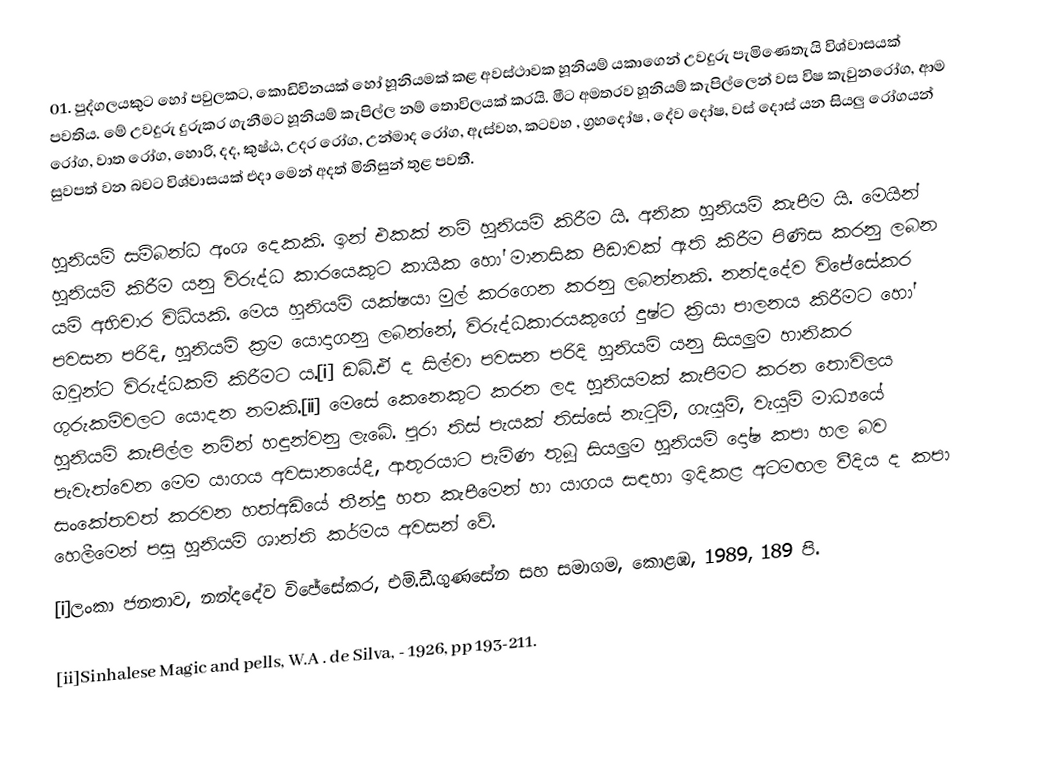
01.  පුද්ගලයකුට හෝ පවුලකට,  කොඩිවිනයක් හෝ හූනියමක් කළ අවස්ථාවක හූනියම් යකාගෙන් උවදුරු පැමිණෙතැයි විශ්වාසයක් පවතිය.  මේ උවදුරු දුරුකර ගැනීමට හූනියම් කැපිල්ල නම් තොවිලයක් කරයි.  මීට අමතරව හූනියම් කැපිල්ලෙන් වස විෂ කැවුනරෝග,  ආම රෝග,  වාත රෝග,  හොරි,  දද,  කුෂ්ඨ,  උදර රෝග,  උන්මාද රෝග,  ඇස්වහ,   කටවහ ,  ග්‍රහදෝෂ ,  දේව දෝෂ,  වස් දොස් යන සියලු රෝගයන් සුවපත් වන බවට විශ්වාසයක් එදා මෙන් අදත් මිනිසුන් තුළ පවතී.

හූනියම් සම්බන්ධ අංශ දෙකකි. ඉන් එකක් නම් හූනියම් කිරීම යි. අනික හූනියම් කැපීම යි. මෙයින් හූනියම් කිරීම යනු විරුද්ධ කාරයෙකුට කායික හෝ මානසික පීඩාවක් ඇති කිරීම පිණිස කරනු ලබන යම් අභිචාර විධියකි. මෙය හුනියම් යක්ෂයා මුල් කරගෙන කරනු ලබන්නකි. නන්දදේව විජේසේකර පවසන පරිදි, හූනියම් ක්‍රම යොදාගනු ලබන්නේ, විරුද්ධකාරයකුගේ දුෂ්ට ක්‍රියා පාලනය කිරීමට හෝ ඔවුන්ට විරුද්ධකම් කිරීමට ය.[i] ඩබ්.ඒ ද සිල්වා පවසන පරිදි හූනියම් යනු සියලුම හානිකර ගුරුකම්වලට යොදන නමකි.[ii] මෙසේ කෙනෙකුට කරන ලද හූනියමක් කැපීමට කරන තොවිලය හූනියම් කැපිල්ල නමින් හඳුන්වනු ලැබේ. පුරා තිස් පැයක් තිස්සේ නැටුම්, ගැයුම්, වැයුම්  මාධ්‍යයේ  පැවැත්වෙන මෙම යාගය අවසානයේදී, ආතුරයාට පැමිණ තුබූ සියලුම හූනියම් දෝෂ කපා හල බව සංකේතවත් කරවන හත්අඩියේ තීන්දු හත කැපීමෙන් හා යාගය සඳහා ඉදිකළ අටමඟල වීදිය ද කපා හෙලීමෙන් පසු හූනියම් ශාන්ති කර්මය අවසන් වේ.
[i]ලංකා ජනතාව, නන්දදේව විජේසේකර, එම්.ඩී.ගුණසේන සහ සමාගම, කොළඹ, 1989, 189 පි.

[ii]Sinhalese Magic and pells, W.A . de Silva, - 1926, pp 193-211.